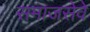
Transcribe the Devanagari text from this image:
समाजसेवे